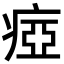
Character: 瘂